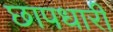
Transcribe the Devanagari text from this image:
छापधारी